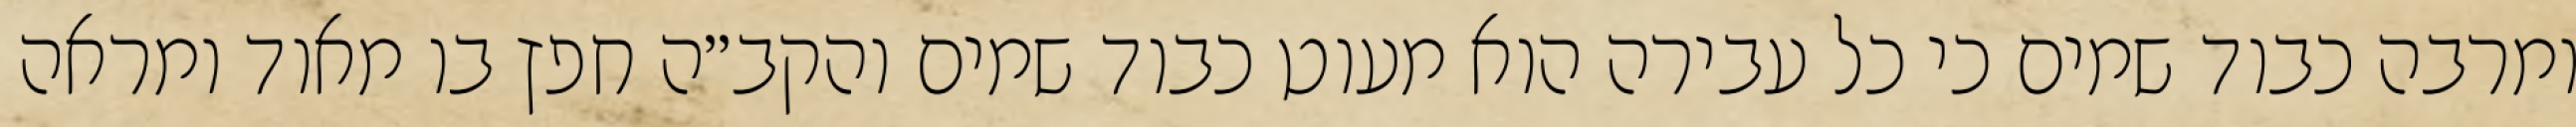
ומרבה כבוד שמים כי כל עבירה הוא מעוט כבוד שמים והקב״ה חפץ בו מאוד ומראה